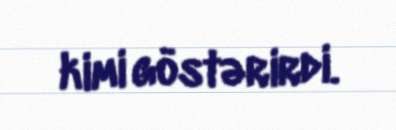
kimi göstərirdi.